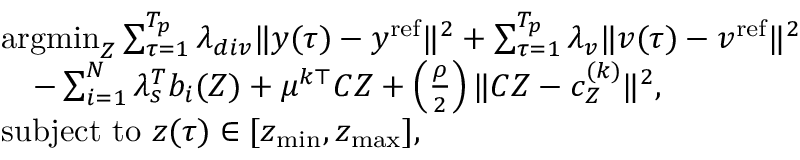
\begin{array} { r l } & { \operatorname { a r g m i n } _ { \boldsymbol { Z } } \sum _ { \tau = 1 } ^ { T _ { p } } \lambda _ { d i v } \| y ( \tau ) - y ^ { \mathrm { r e f } } \| ^ { 2 } + \sum _ { \tau = 1 } ^ { T _ { p } } \lambda _ { v } \| v ( \tau ) - v ^ { \mathrm { r e f } } \| ^ { 2 } } \\ & { \quad - \sum _ { i = 1 } ^ { N } \lambda _ { s } ^ { T } b _ { i } ( \boldsymbol { Z } ) + \mu ^ { k \top } C \boldsymbol { Z } + \left( \frac { \rho } { 2 } \right) \| C \boldsymbol { Z } - c _ { \boldsymbol { Z } } ^ { ( k ) } \| ^ { 2 } , } \\ & { \mathrm { s u b j e c t ~ t o ~ } z ( \tau ) \in [ z _ { \operatorname* { m i n } } , z _ { \operatorname* { m a x } } ] , } \end{array}